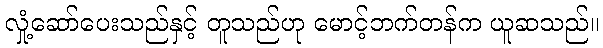
လှုံ့ဆော်ပေးသည်နှင့် တူသည်ဟု မောင့်ဘက်တန်က ယူဆသည်။